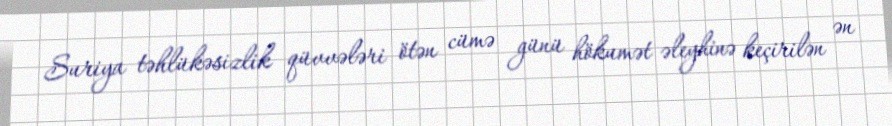
Suriya təhlükəsizlik qüvvələri ötən cümə günü hökumət əleyhinə keçirilən ən